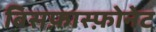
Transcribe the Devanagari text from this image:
बिसफ़ास्फ़ोनेट